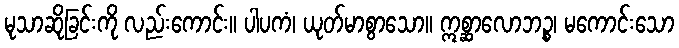
မုသာဆိုခြင်းကို လည်းကောင်း။ ပါပကံ၊ ယုတ်မာစွာသော။ ဣစ္ဆာလောဘဉ္စ၊ မကောင်းသော